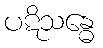
ပဋိသန္ဓေ